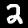
Digit: 2